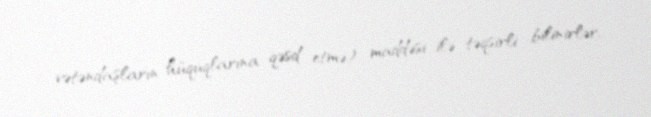
vətəndaşların hüquqlarına qəsd etmə) maddəsi ilə təqsirli bilinirlər.